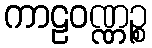
ကာဠဝဏ္ဏဉ္စ